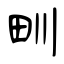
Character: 甽